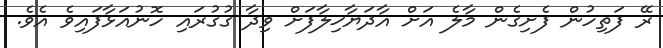
ރޭ ފަތިހުން ފެށިގެން މާލެ އަށް އާދަޔާޚިލާފަށް ވިދާ ގުގުރައި ހޮނުއަޅާފައިވެ އެވެ.